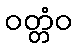
ဝတ္တံဝ